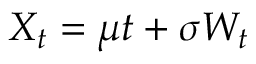
X _ { t } = \mu t + \sigma W _ { t }